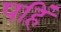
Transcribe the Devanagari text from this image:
पहिं